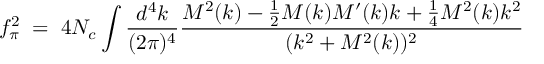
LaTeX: f _ { \pi } ^ { 2 } \; = \; 4 N _ { c } \int \frac { d ^ { 4 } k } { ( 2 \pi ) ^ { 4 } } \frac { M ^ { 2 } ( k ) - \frac 1 2 M ( k ) M ^ { \prime } ( k ) k + \frac 1 4 M ^ { 2 } ( k ) k ^ { 2 } } { ( k ^ { 2 } + M ^ { 2 } ( k ) ) ^ { 2 } }